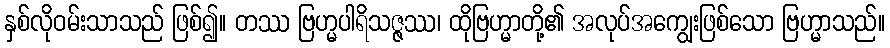
နှစ်လိုဝမ်းသာသည် ဖြစ်၍။ တဿ ဗြဟ္မပါရိသဇ္ဇဿ၊ ထိုဗြဟ္မာတို့၏ အလုပ်အကျွေးဖြစ်သော ဗြဟ္မာသည်။